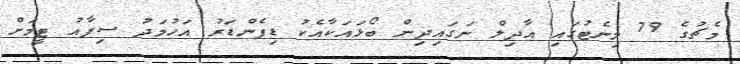
މެޗުގެ 79 މިނެޓުގައި އާދިލް ނަގައިދިން ބޯޅައަކާއެކު ޑިފެންޑަރު އަހުމަދު ސިފާއު ޓީމަށް